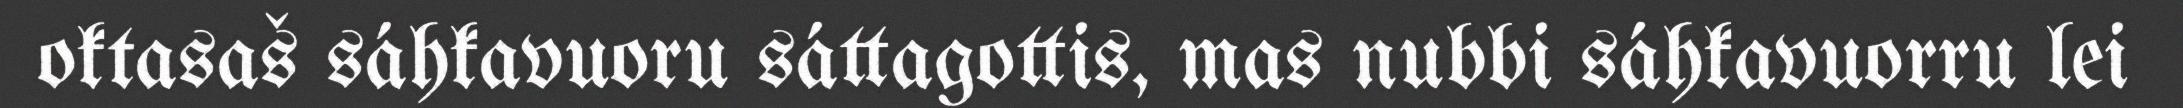
oktasaš sáhkavuoru sáttagottis, mas nubbi sáhkavuorru lei